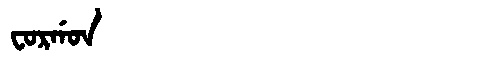
Manchu: ᠸᠣᡵᡤᠣᠨ
Romanization: FORGON